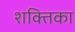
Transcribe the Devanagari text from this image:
शक्तिका